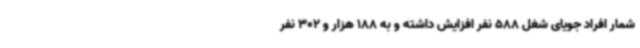
شمار افراد جویای شغل 588 نفر افزایش داشته و به 188 هزار و 302 نفر